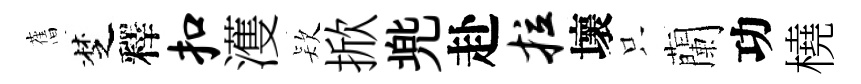
𦾔椘釋扣濩𣣇掀兠赴拉壞只蘭功橈